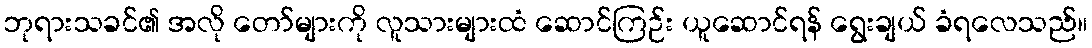
ဘုရားသခင်၏ အလို တော်များကို လူသားများထံ ဆောင်ကြဉ်း ယူဆောင်ရန် ရွေးချယ် ခံရလေသည်။